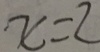
x = 2